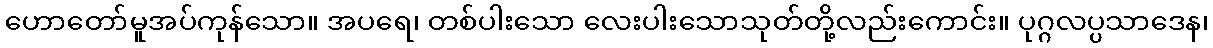
ဟောတော်မူအပ်ကုန်သော။ အပရေ၊ တစ်ပါးသော လေးပါးသောသုတ်တို့လည်းကောင်း။ ပုဂ္ဂလပ္ပသာဒေန၊